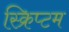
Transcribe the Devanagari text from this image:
स्क्रिप्टम